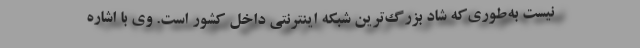
نیست به‌طوری‌که شاد بزرگ‌ترین شبکه اینترنتی داخل کشور است. وی با اشاره